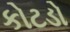
કોટડો